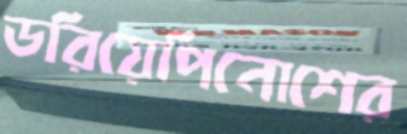
ডরিয়েপিনোশের